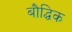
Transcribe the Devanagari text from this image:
बौद्घिक